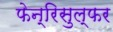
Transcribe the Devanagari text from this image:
फेन्रिसुल्फर